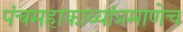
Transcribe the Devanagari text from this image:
पंचमहाकाव्यांप्रमाणेच